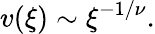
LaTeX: v(\xi)\sim\xi^{-1/\nu}.